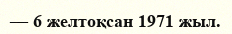
— 6 желтоқсан 1971 жыл.